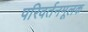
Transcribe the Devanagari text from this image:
परिवर्तनमूलक